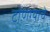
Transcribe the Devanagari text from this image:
टोणग्याचे